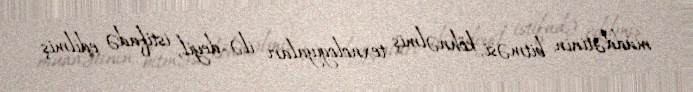
müddətinin bitməsi, köhnəlmiş texnologiyaları ilə deyil, istifadə edilmiş